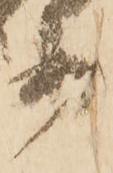
等